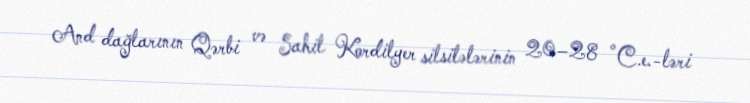
And dağlarının Qərbi və Sahil Kordilyer silsilələrinin 20–28 °C.e.-ləri